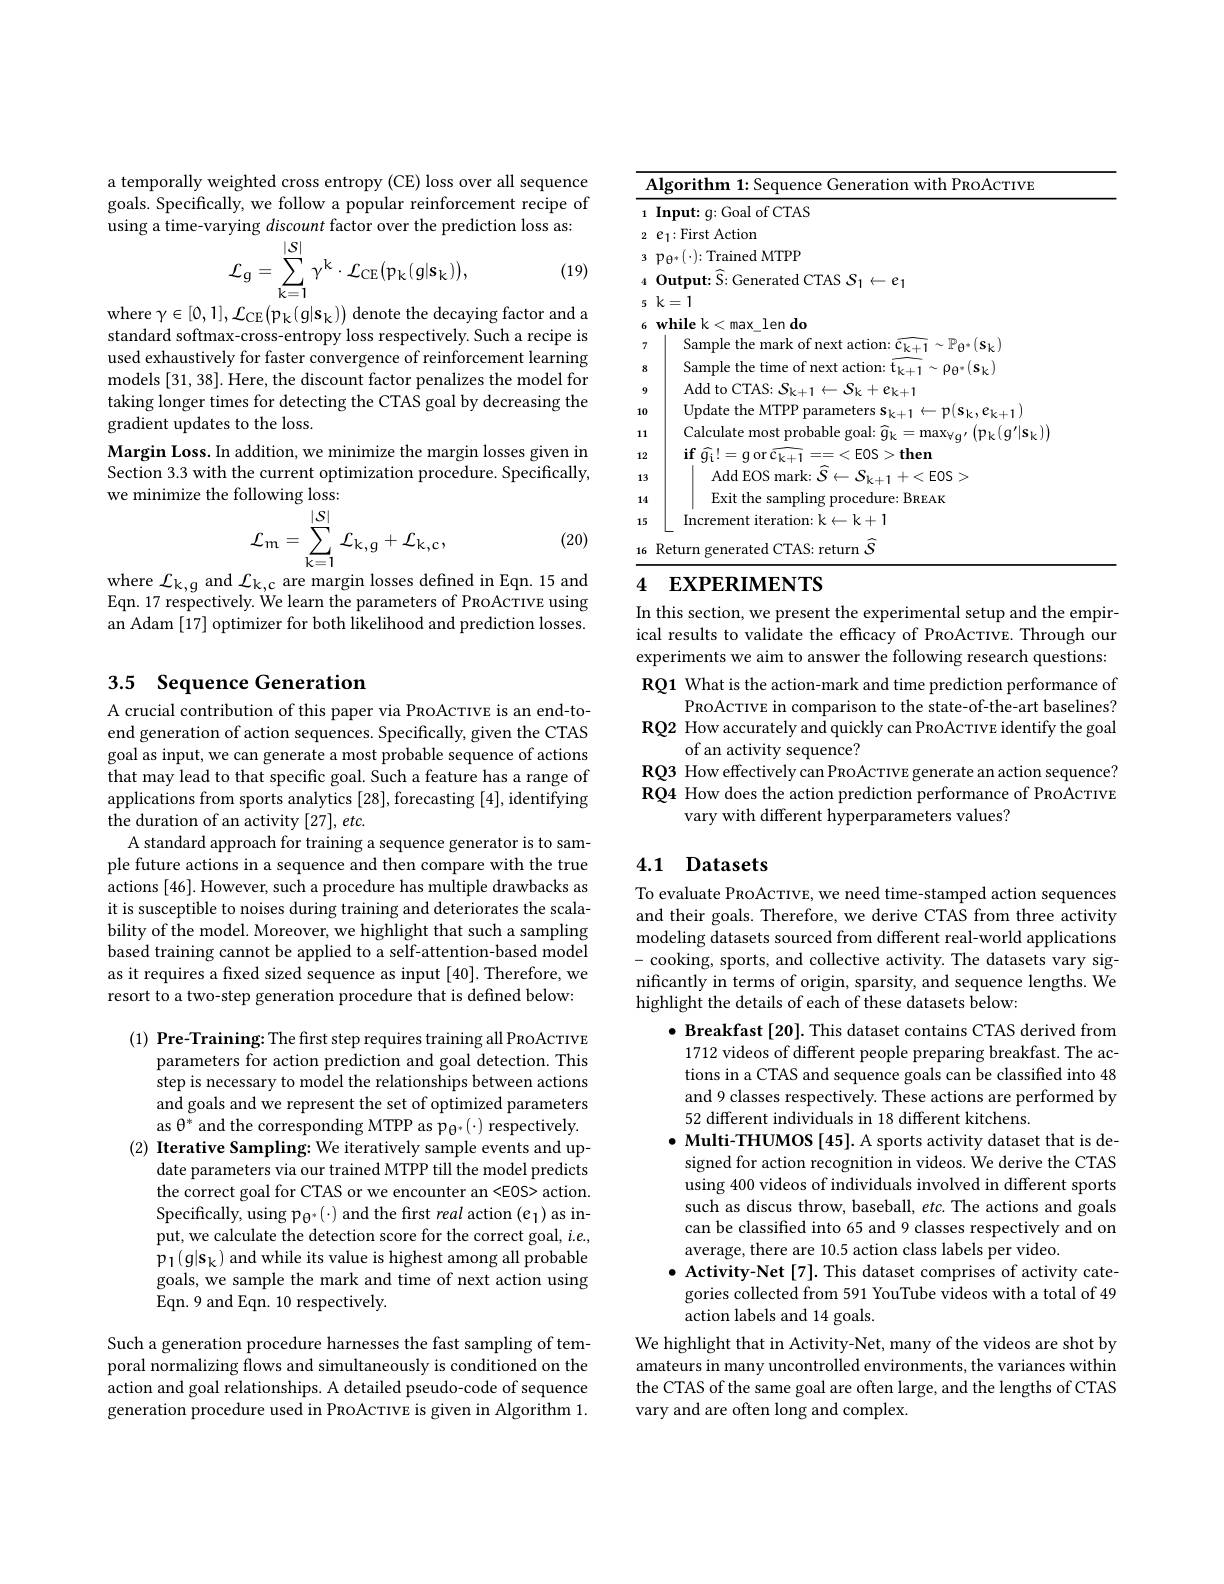
a temporally weighted cross entropy (CE) loss over all sequence goals. Specifically, we follow a popular reinforcement recipe of using a time-varying discount factor over the prediction loss as:
$$\begin{aligned}&\text{1ymg utscount 1uctor ovci une prca}\\&\mathcal{L}_{\mathrm{g}}=\sum_{\mathrm{k}=1}^{|S|}\gamma^{\mathrm{k}}\cdot\mathcal{L}_{\mathrm{CE}}(\mathrm{p}_{\mathrm{k}}(\mathrm{g}|\mathrm{s}_{\mathrm{k}})),\end{aligned}$$
(19)

where $\gamma \in [ 0, 1] , \mathcal{L} _{\mathrm{CE}}( \mathfrak{p} _{\mathrm{k} }( \mathfrak{g} | \mathbf{s} _{\mathrm{k} }) )$ denote the decaying factor and a standard softmax-cross-entropy loss respectively. Such a recipe is used exhaustively for faster convergence of reinforcement learning models [31,38]. Here, the discount factor penalizes the model for taking longer times for detecting the CTAS goal by decreasing the gradient updates to the loss.
Margin Loss. In addition, we minimize the margin losses given in Section 3.3 with the current optimization procedure. Specifically, we minimize the following loss:
$$\mathcal{L}_{\mathrm{m}}=\sum_{\mathrm{k}=1}^{|S|}\mathcal{L}_{\mathrm{k},g}+\mathcal{L}_{\mathrm{k},c},$$
(20)

where $\mathcal{L}_{k,g}$ and $\mathcal{L}_{\mathrm{k,c}}$ are margin losses defined in Eqn. 15 and Eqn. 17 respectively. We learn the parameters of PRoAcTIVE using an Adam [17] optimizer for both likelihood and prediction losses.

## 3.5 Sequence Generation

A crucial contribution of this paper via PRoAcTIVE is an end-toend generation of action sequences. Specifically, given the CTAS goal as input, we can generate a most probable sequence of actions that may lead to that specific goal. Such a feature has a range of applications from sports analytics [28], forecasting [4], identifying the duration of an activity [27], etc.
A standard approach for training a sequence generator is to sample future actions in a sequence and then compare with the true actions [46]. However, such a procedure has multiple drawbacks as it is susceptible to noises during training and deteriorates the scalability of the model. Moreover, we highlight that such a sampling based training cannot be applied to a self-attention-based model as it requires a fixed sized sequence as input [40]. Therefore, we resort to a two-step generation procedure that is defined below:

(1) Pre-Training: The first step requires training all PRoAcTIVE
parameters for action prediction and goal detection. This step is necessary to model the relationships between actions and goals and we represent the set of optimized parameters as $\theta^*$ and the corresponding MTPP as p$\Theta^*(\cdot)$ respectively.
(2) Iterative Sampling: We iteratively sample events and up-
date parameters via our trained MTPP till the model predicts the correct goal for CTAS or we encounter an <EOS> action. Specifically, using p$_{\Theta^*}(\cdot)$ and the first real action$(e_1)$ as input, we calculate the detection score for the correct goal, $i.e.$, p_1(g|s_k) and while its value is highest among all probable goals, we sample the mark and time of next action using Eqn.9 and Eqn. 10 respectively.

Such a generation procedure harnesses the fast sampling of temporal normalizing flows and simultaneously is conditioned on the action and goal relationships. A detailed pseudo-code of sequence $\hat{\text{generation procedure used in PRoAcTIvE is given in Algorithm }1}.$

<table>
	<tbody>
		<tr>
			<th>$I$</th>
			<th>$P_{\mathrm{ROACTIVE}}$ orithm</th>
		</tr>
		<tr>
			<th>1</th>
			<th>$g{:}$Goal of CTAS $\mathbf{Inmt:}$</th>
		</tr>
		<tr>
			<td>2</td>
			<td>$e_1:$First Action</td>
		</tr>
		<tr>
			<td>3</td>
			<td>Trained MTPP $\mathbf{n}_{\Delta_{t}}|\cdot|\cdot$</td>
		</tr>
		<tr>
			<td>4</td>
			<td>$0_{\mathrm{mfmut}}$ $-e_1$</td>
		</tr>
		<tr>
			<td>5</td>
			<td>$k=1$</td>
		</tr>
		<tr>
			<td>6</td>
			<td>$\mathbf{whilek}$ len do max</td>
		</tr>
		<tr>
			<td>7</td>
			<td>Samnle $-|PA*(\mathbf{s}_{\nu}]$</td>
		</tr>
		<tr>
			<td>8</td>
			<td>Sample $0a*|s_{\mathrm{lc}}|$</td>
		</tr>
		<tr>
			<td>9</td>
			<td>Add to $I^{\prime\prime}FAS$ $e_{k+1}$</td>
		</tr>
		<tr>
			<td>10</td>
			<td>Undate the MTP $,,e$ 11</td>
		</tr>
		<tr>
			<td>111</td>
			<td>Calculate most probable poal: $(\mathbf{p}_{\mathcal{L}}(\mathbf{q}^{\prime}|\mathbf{s}_{\mathcal{L}})$</td>
		</tr>
		<tr>
			<td>12</td>
			<td>$\mathbf{if}$ $\hat{q_{\mathrm{i} }} ! = \mathbf{if}$ $\cdot$ $EOS>then$</td>
		</tr>
		<tr>
			<td>13</td>
			<td>AddEOS $<EOS>$</td>
		</tr>
		<tr>
			<td>14</td>
			<td>Exit the $edure:BREAK$</td>
		</tr>
		<tr>
			<td>15</td>
			<td>Increment iteration: k$\leftarrow$k+1</td>
		</tr>
		<tr>
			<td>16</td>
			<td>$\hat{s}$ Returm return</td>
		</tr>
	</tbody>
</table>
4 $\textbf{EXPERIMENTS}$

In this section, we present the experimental setup and the empirical results to validate the efficacy of PRoAcTIVE. Through our experiments we aim to answer the following research questions: RQ1 What is the action-mark and time prediction performance of
PROAcTIVE in comparison to the state-of-the-art baselines? RQ2 How accurately and quickly can PRoAcTIvE identify the goal
of an activity sequence?
RQ3 How effectively can PROAcTIVE generate an action sequence? RQ4 How does the action prediction performance of PRoAcTIVE
vary with different hyperparameters values?

## 4.1 Datasets

To evaluate PRoAcTIVE, we need time-stamped action sequences and their goals. Therefore, we derive CTAS from three activity modeling datasets sourced from different real-world applications - cooking, sports, and collective activity. The datasets vary significantly in terms of origin, sparsity, and sequence lengths. We highlight the details of each of these datasets below:
$\bullet$ Breakfast [20]. This dataset contains CTAS derived from
1712 videos of different people preparing breakfast. The actions in a CTAS and sequence goals can be classified into 48 and 9 classes respectively. These actions are performed by 52 different individuals in 18 different kitchens.
$\bullet$ Multi-THUMOS [45]. A sports activity dataset that is de-
signed for action recognition in videos. We derive the CTAS using 400 videos of individuals involved in different sports such as discus throw, baseball, etc. The actions and goals can be classified into 65 and 9 classes respectively and on average, there are 10.5 action class labels per video.
$\bullet$ Activity-Net[7]. This dataset comprises of activity categories collected from 591 YouTube videos with a total of 49 action labels and 14 goals.
We highlight that in Activity-Net, many of the videos are shot by amateurs in many uncontrolled environments, the variances within the CTAS of the same goal are often large, and the lengths of CTAS vary and are often long and complex.